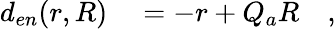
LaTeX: \begin{array}{rl}{d_{en}(r,R)}&{{}=-r+Q_{a}R\quad,}\end{array}